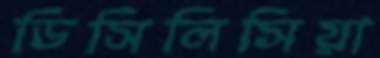
ডিসিলিসিয়া